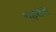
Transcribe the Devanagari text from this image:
शहरोंमें